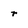
Character: r